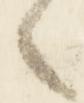
々